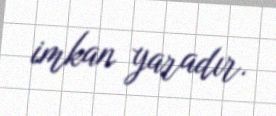
imkan yaradır.